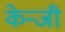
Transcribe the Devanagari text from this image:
केन्जी